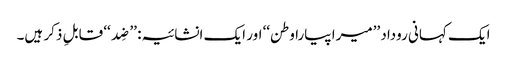
ایک کہانی روداد ’’میرا پیارا وطن‘‘ اور ایک انشائیہ: ’’ضِد‘‘ قابلِ ذکر ہیں۔